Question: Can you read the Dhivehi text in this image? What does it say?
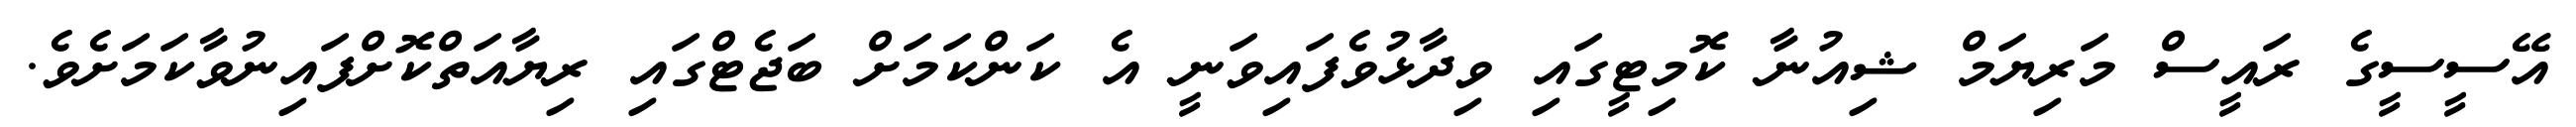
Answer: އޭސީސީގެ ރައީސް މަރިޔަމް ޝިއުނާ ކޮމިޓީގައި ވިދާޅުވެފައިވަނީ އެ ކަންކަމަށް ބަޖެޓްގައި ރިޔާއަތްކޮށްފައިނުވާކަމަށެވެ.